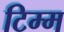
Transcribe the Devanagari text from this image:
टिम्म